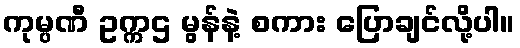
ကုမ္ပဏီ ဥက္ကဌ မွန်နဲ့ စကား ပြောချင်လို့ပါ။